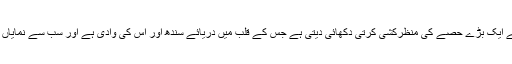
وسط میں صوبہ سندھ کے ساتھ یہ تصویر پاکستان کے ایک بڑے حصے کی منظرکشی کرتی دکھائی دیتی ہے جس کے قلب میں دریائے سندھ اور اس کی وادی ہے اور سب سے نمایاں اور حیران کن خصوصیت بین الاقوامی سرحد کی ہے۔